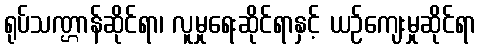
ရုပ်သဏ္ဌာန်ဆိုင်ရာ၊ လူမှုရေးဆိုင်ရာနှင့် ယဉ်ကျေးမှုဆိုင်ရာ